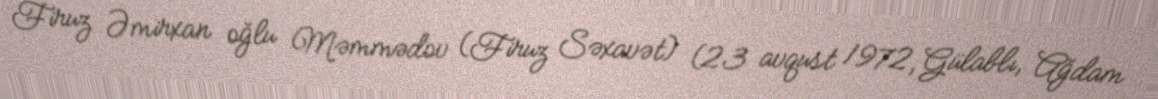
Firuz Əmirxan oğlu Məmmədov (Firuz Səxavət) (23 avqust 1972, Gülablı, Ağdam